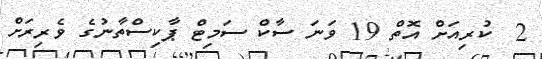
2  ކުރިއަށް އޮތް 19 ވަނަ ސާކް ސަމިޓް ޕާކިސްތާނުގެ ވެރިރަށް